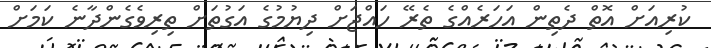
ކުރިއަށް އޮތް ދެތިން އަހަރެއްގެ ތެރޭ ހައްޖަށް ދިޔުމުގެ އަގުތަށް ތިރިވެގެންދާނެ ކަމަށް